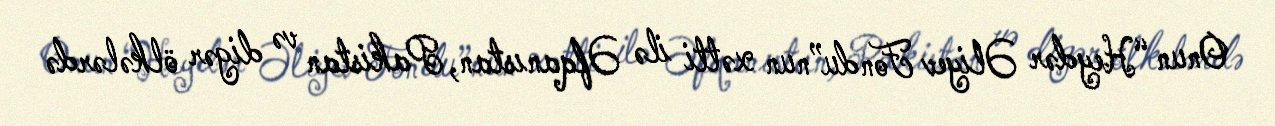
Onun “Heydər Əliyev Fondu”nun xətti ilə Əfqanıstan, Pakistan və digər ölkələrdə